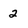
Character: 2